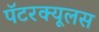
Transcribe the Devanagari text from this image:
पॅटरक्यूलस